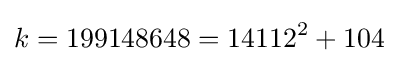
k=199148648=14112^{2}+104